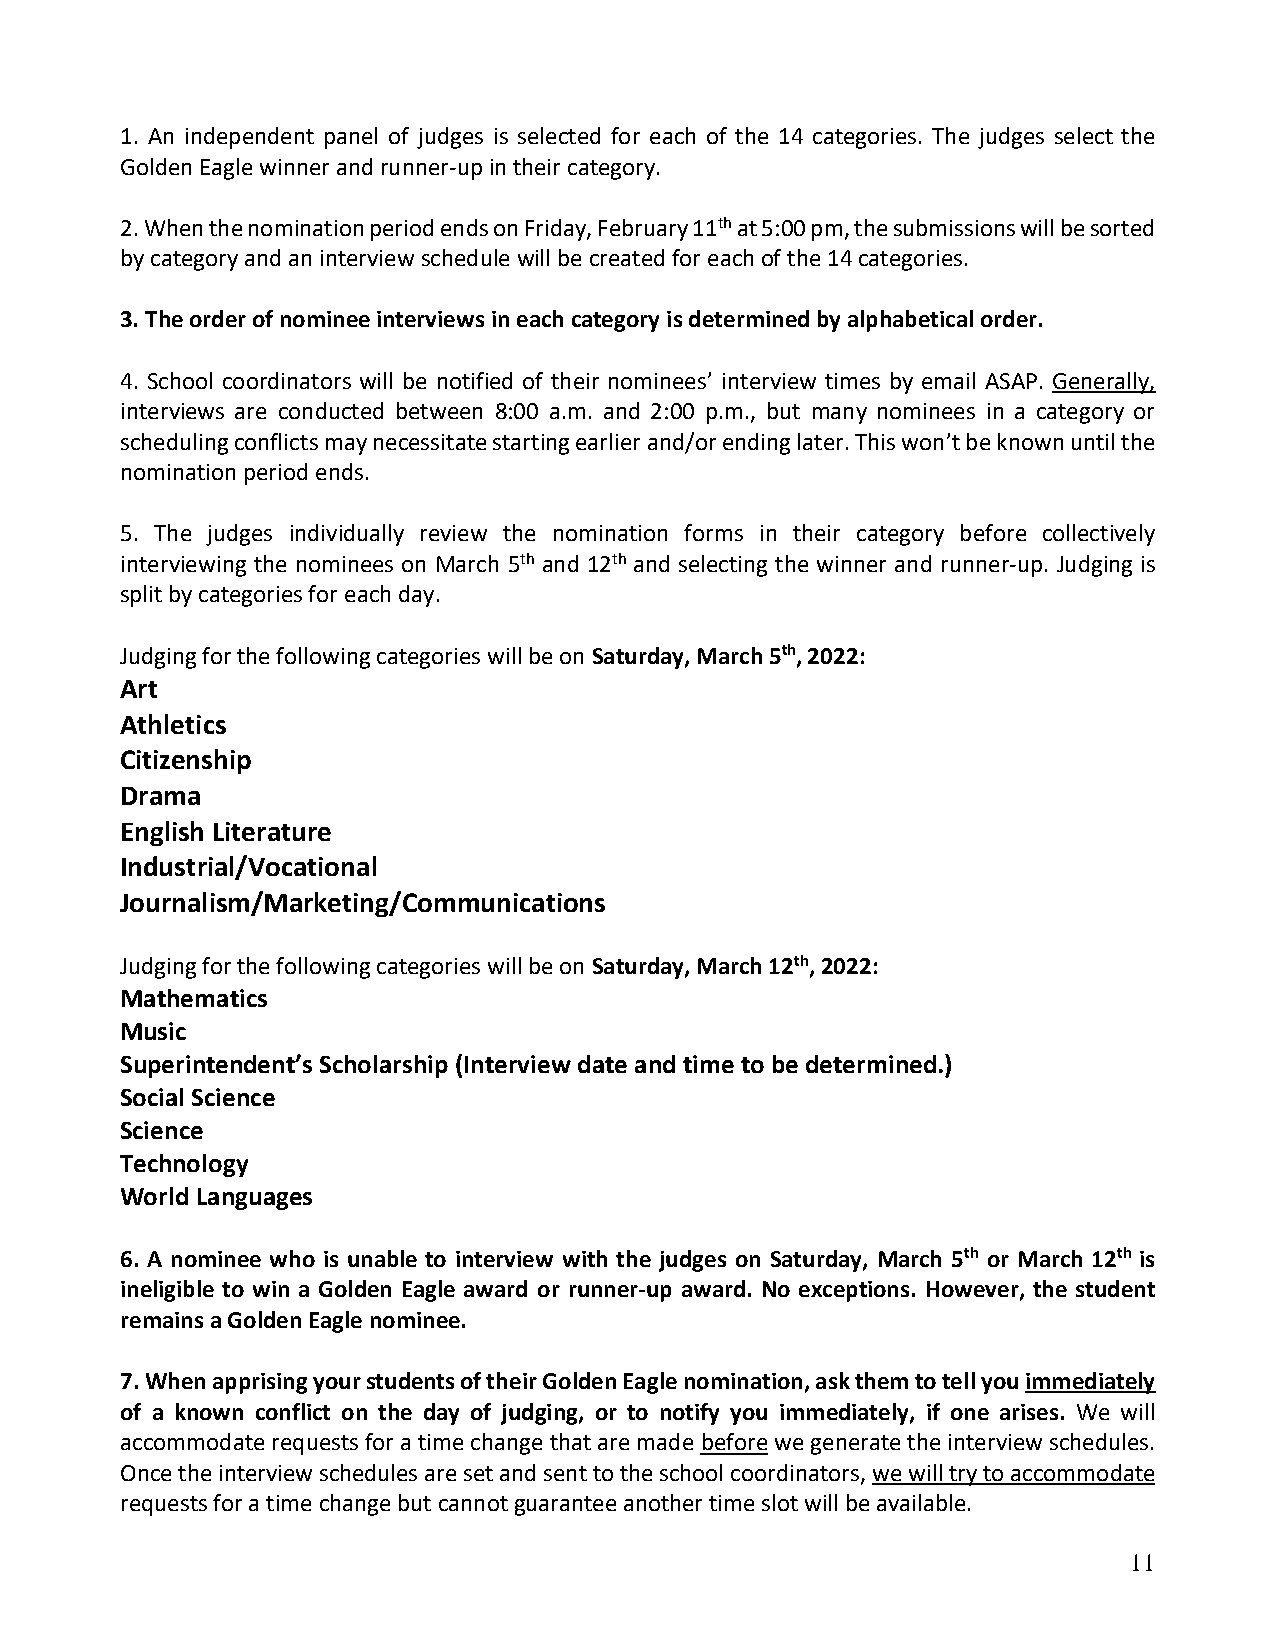
1. An independent panel of judges is selected for each of the 14 categories. The judges select the
 Golden Eagle winner and runner-up in their category.
 2. When the nomination period ends on Friday, February 11th at 5:00 pm, the submissions will be sorted
 by category and an interview schedule will be created for each of the 14 categories.
 3. The order of nominee interviews in each category is determined by alphabetical order.
 4. School coordinators will be notified of their nominees’ interview times by email ASAP. Generally,
 interviews are conducted between 8:00 a.m. and 2:00 p.m., but many nominees in a category or
 scheduling conflicts may necessitate starting earlier and/or ending later. This won’t be known until the
 nomination period ends.
 5. The judges individually review the nomination forms in their category before collectively
 interviewing the nominees on March 5th and 12th and selecting the winner and runner-up. Judging is
 split by categories for each day.
 Judging for the following categories will be on Saturday, March 5th, 2022:
 Art
 Athletics
 Citizenship
 Drama
 English Literature
 Industrial/Vocational
 Journalism/Marketing/Communications
 Judging for the following categories will be on Saturday, March 12th, 2022:
 Mathematics
 Music
 Superintendent’s Scholarship (Interview date and time to be determined.)
 Social Science
 Science
 Technology
 World Languages
 6. A nominee who is unable to interview with the judges on Saturday, March 5th or March 12th is
 ineligible to win a Golden Eagle award or runner-up award. No exceptions. However, the student
 remains a Golden Eagle nominee.
 7. When apprising your students of their Golden Eagle nomination, ask them to tell you immediately
 of a known conflict on the day of judging, or to notify you immediately, if one arises. We will
 accommodate requests for a time change that are made before we generate the interview schedules.
 Once the interview schedules are set and sent to the school coordinators, we will try to accommodate
 requests for a time change but cannot guarantee another time slot will be available.
 11